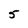
Character: 5